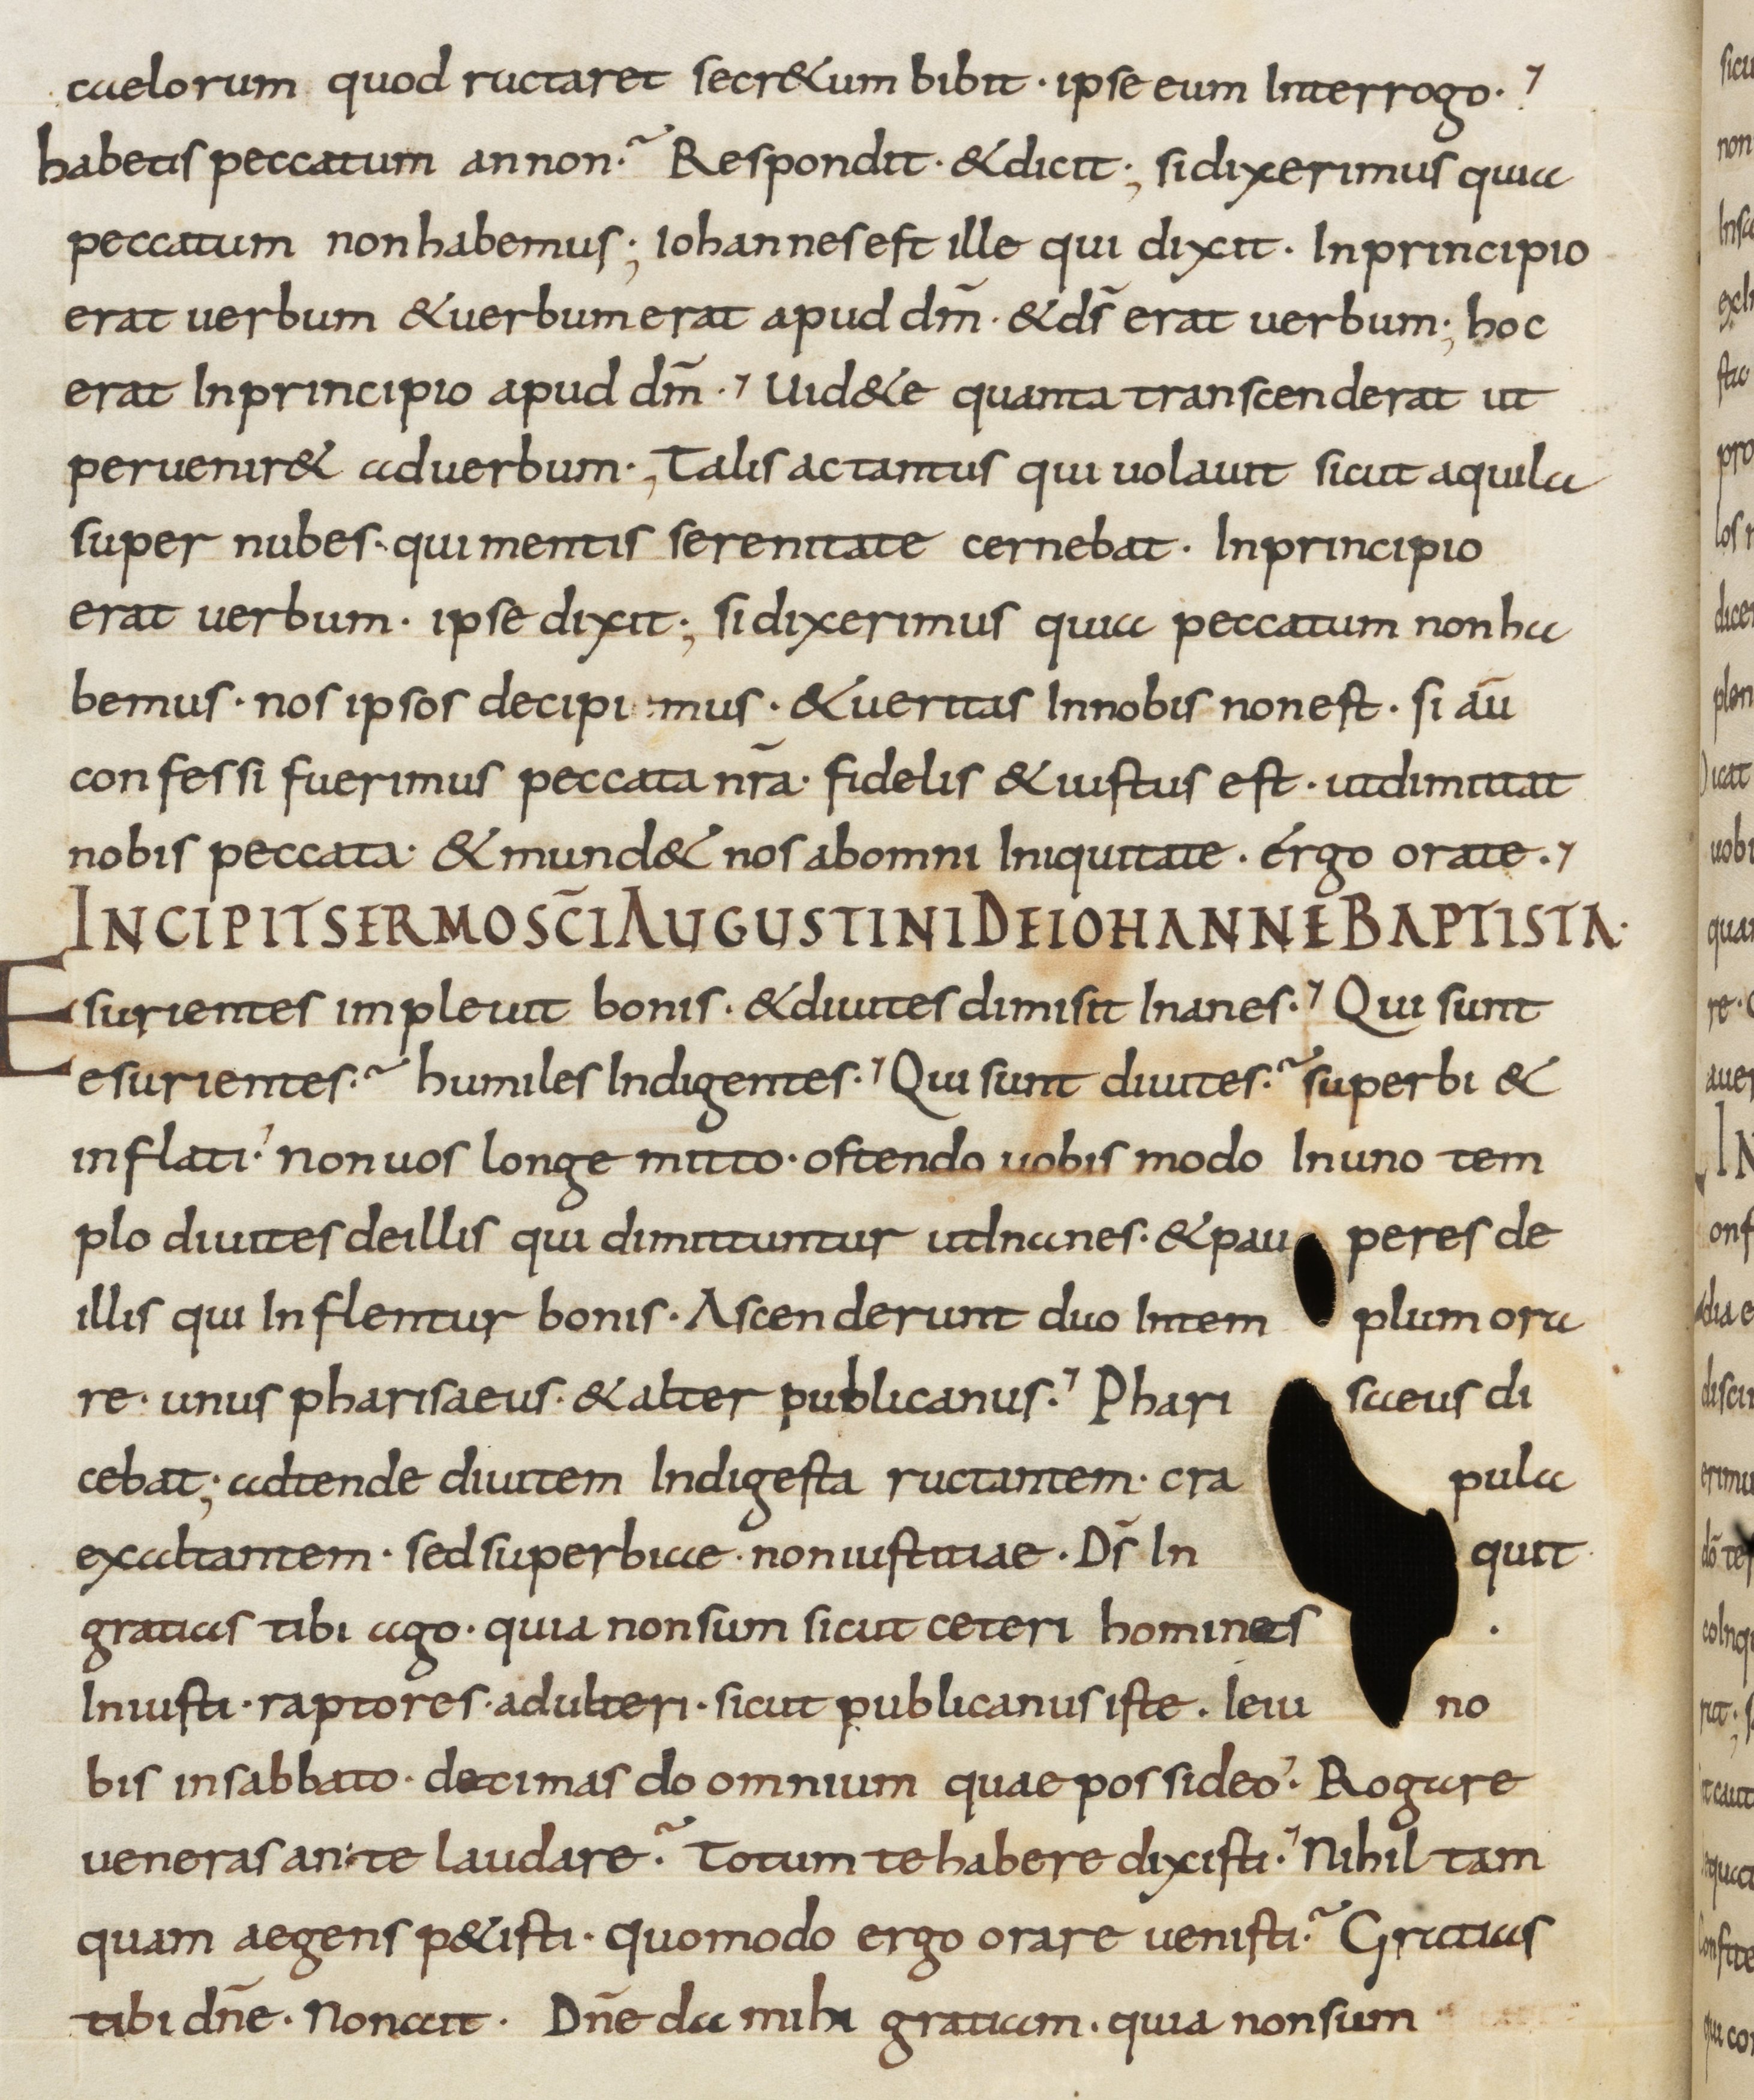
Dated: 800–899